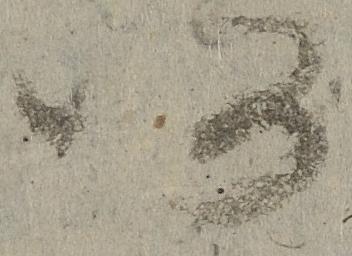
仍